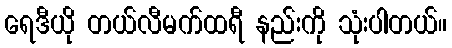
ရေဒီယို တယ်လီမက်ထရီ နည်းကို သုံးပါတယ်။